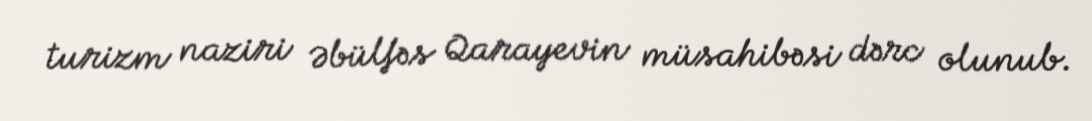
turizm naziri Əbülfəs Qarayevin müsahibəsi dərc olunub.